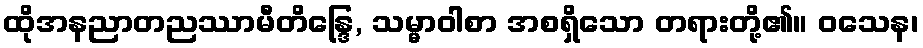
ထိုအနညာတညဿာမီတိန္ဒြေ, သမ္မာဝါစာ အစရှိသော တရားတို့၏။ ဝသေန၊